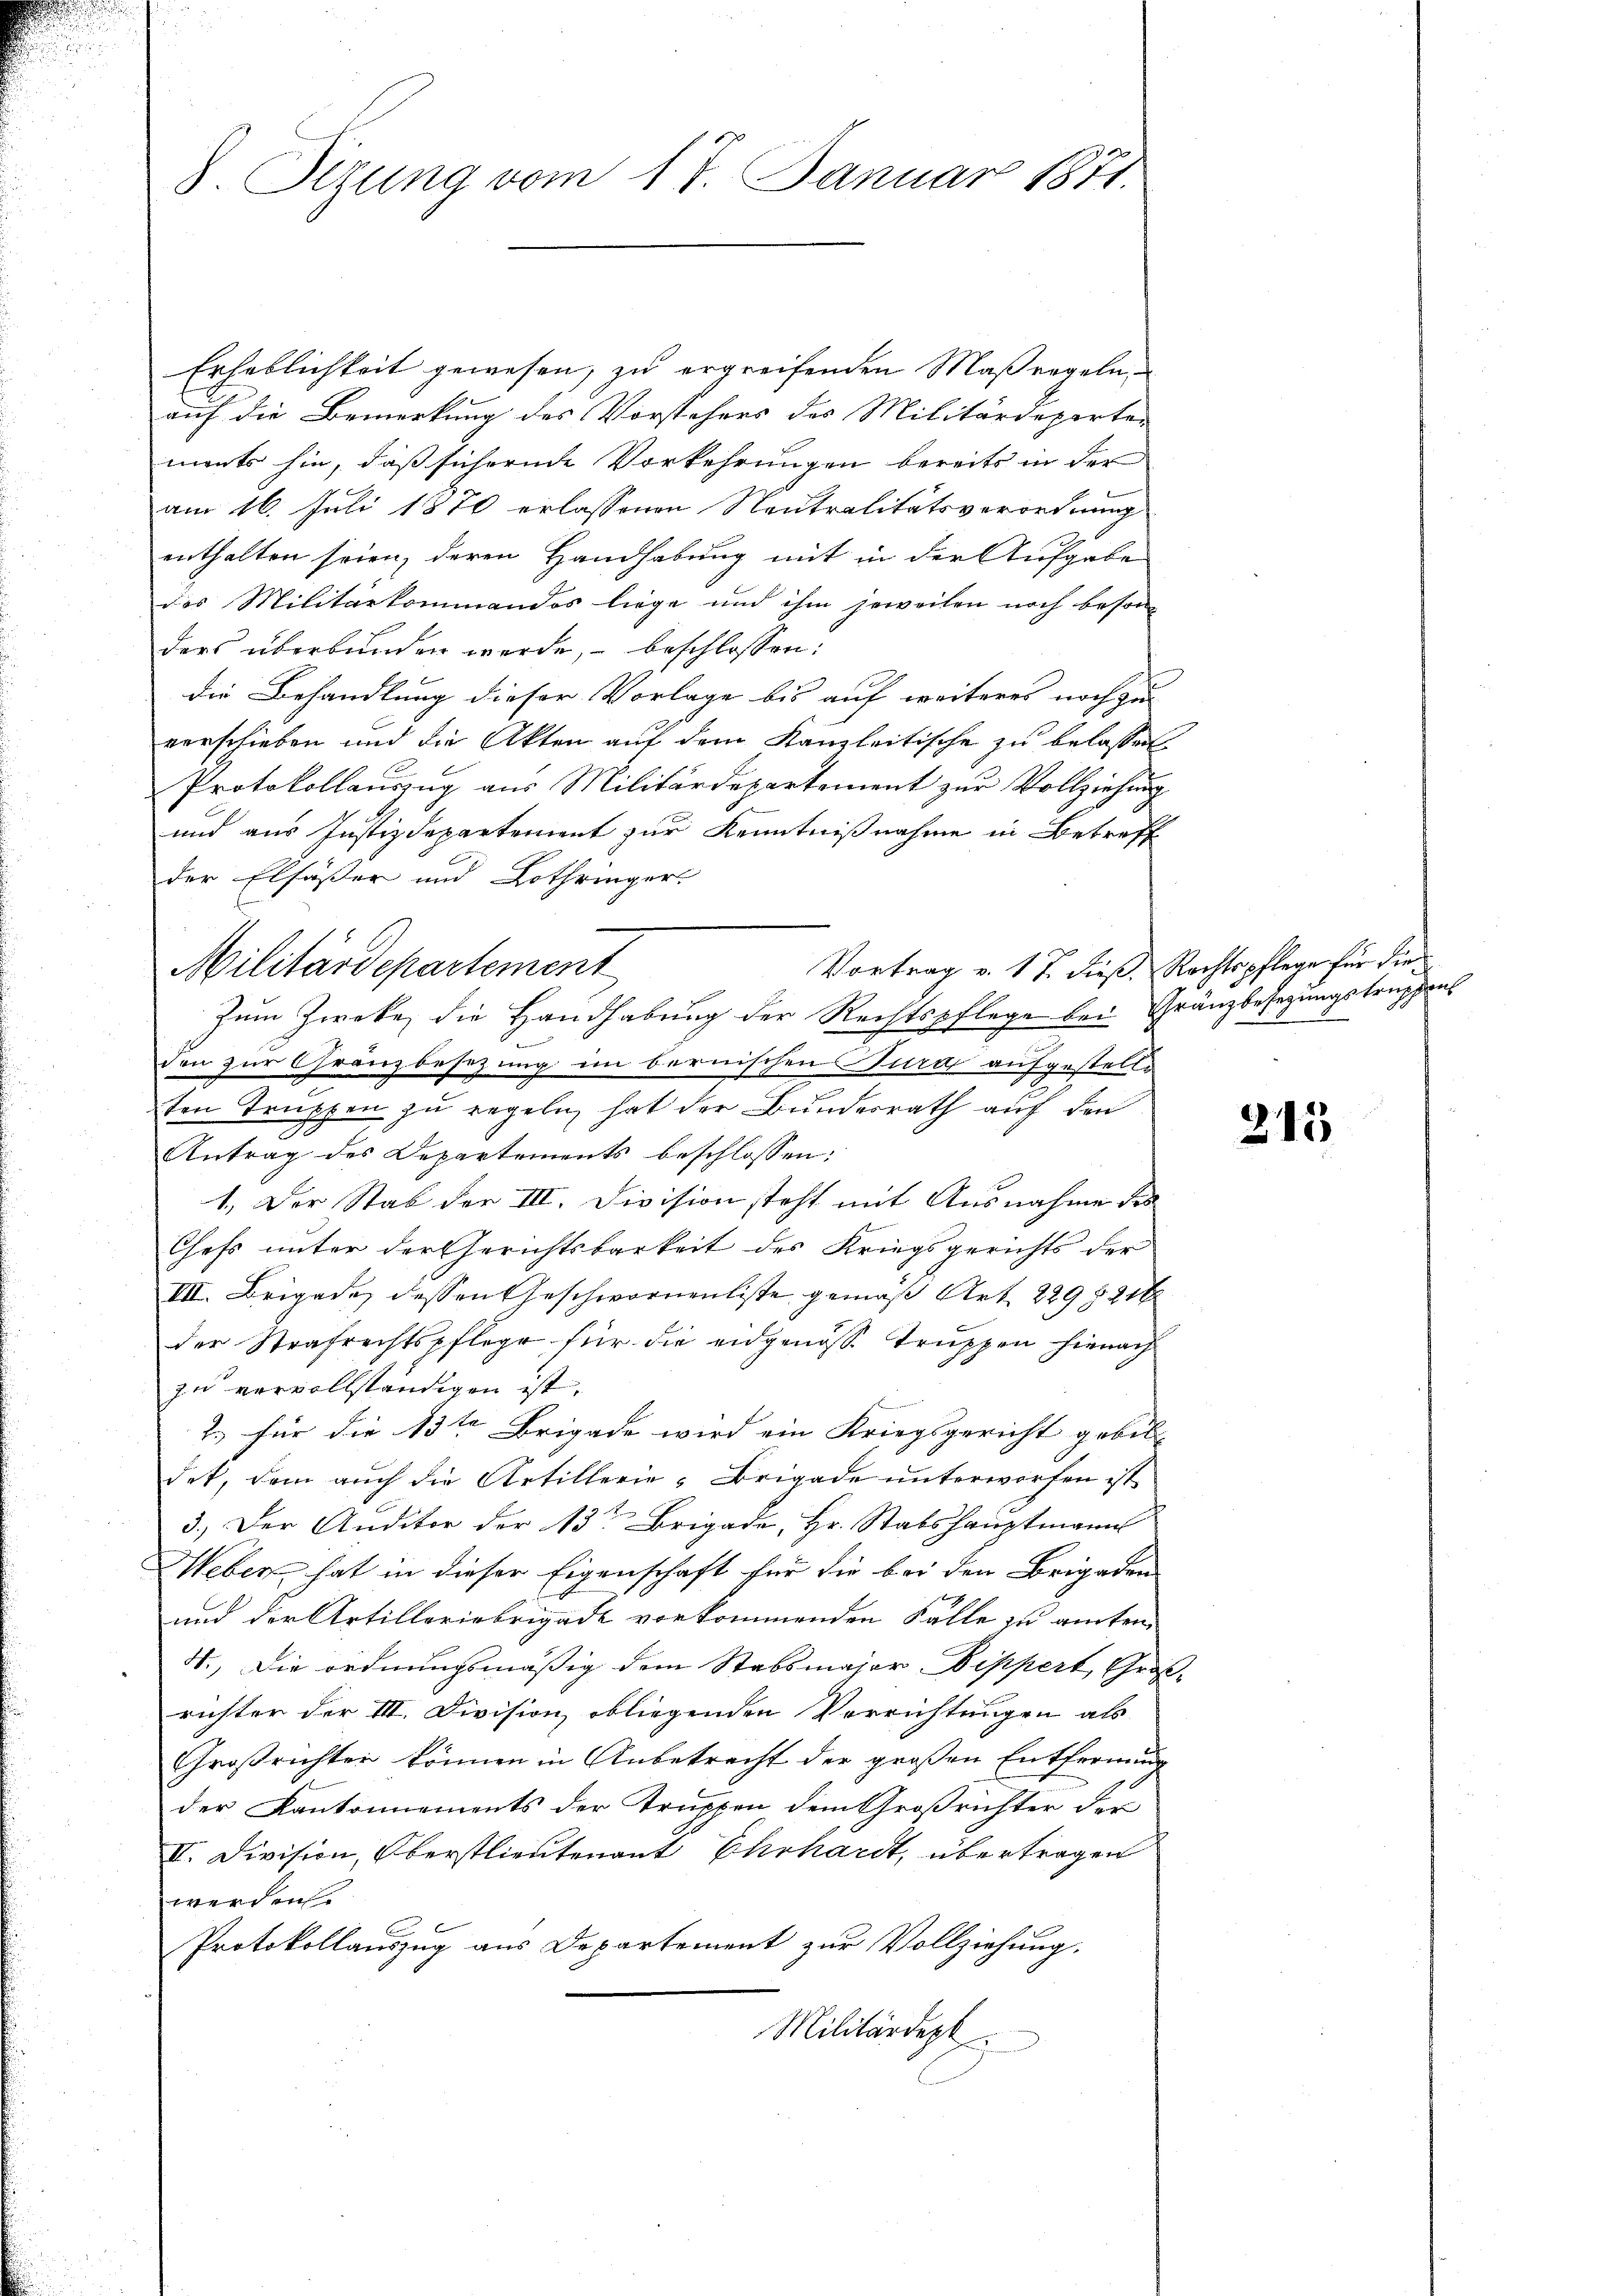
u

8. Sizung vom 17. Januar 1871.

Erheblichkeit gewesen, zu ergreifenden Maßregeln
auf die Bemerkung des Vorstehers des Militärdeparten
ments hin, daß sichernde Vorkehrungen bereits in der
am 16. Juli 1870 erlassenen Neutralitätsverordnung
enthalten seien, deren Handhabung mit in der Aufgabe
des Militärkommandos liege und ihm jeweilen noch besonders überbunden werde, beschlossen:
die Behandlung dieser Vorlage bis auf weiteres noch zu
verschieben und die Akten auf dem Kanzleitische zu belassel
Protokollauszug aus Militärdepartement zur Vollziehung
und aus Justizdepartement zur Kenntnißnahme in Betreff
der Elsässer und Lothringer.
Vortrag v. 17. dieß. Rechtspflege für die
Militärdepartement
Zum Zwecke, die Handhabung der Rechtspflege bei Gränzbesetzungstruppens
den zur Gränzbesezung im bernischen Jura aufgestelle
ten Truppen zu regeln hat der Bundesrath auf den
Antrag des Departements beschlossen:
1. Der Stab der III. Division steht mit Ausnahme des
Chefs unter der Gerichtsbarkeit des Kriegsgerichts der
III. Brigade dessen Geschwornenliste gemäß Art. 229 § 246
der Strafrechtspflege für die eidgenosse Truppen hienach
zu vervollständigen ist.
2.) für die 13ten Brigade wird ein Kriegsgericht gebil- |
det, dem auch die Artillerie-Brigade unterworfen ist
3.) Der Anditor der 13 Brigade, Hr. Stabshauptmann
Weber, hat in dieser Eigenschaft für die bei den Brigaden
und der Artilleriebrigade vorkommenden Fälle zu amten,
4. Die ordnungsmäßig dem Stabsmajor Dippert, Großrichter der III. Division obliegenden Verrichtungen als
Großrichten können in Anbetracht der großen Entfernung
der Kantonnements der Truppen dem Großrichter der
II. Division, Oberstlieutenant Ehrhardt, übertragen
werden
Protokollauszug aus Departement zur Vollziehung.
Militärdept

215